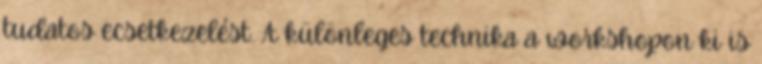
tudatos ecsetkezelést. A különleges technika a workshopon ki is